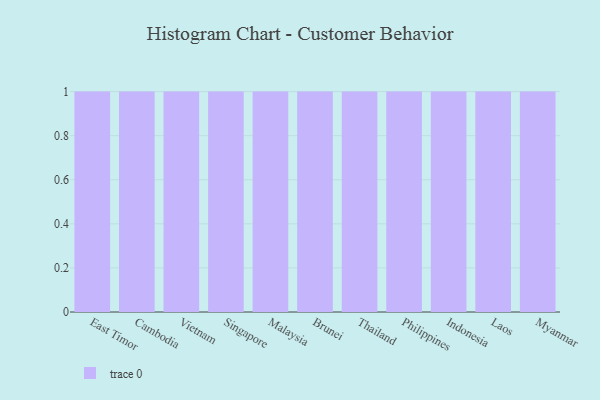
{"axis": {"x": "Country", "y": "Humidity (%)"}, "legend": [""], "data": [{"x": "East Timor", "y": 50, "type": ""}, {"x": "Cambodia", "y": 41, "type": ""}, {"x": "Vietnam", "y": 20, "type": ""}, {"x": "Singapore", "y": 25, "type": ""}, {"x": "Malaysia", "y": 18, "type": ""}, {"x": "Brunei", "y": 95, "type": ""}, {"x": "Thailand", "y": 16, "type": ""}, {"x": "Philippines", "y": 98, "type": ""}, {"x": "Indonesia", "y": 66, "type": ""}, {"x": "Laos", "y": 91, "type": ""}, {"x": "Myanmar", "y": 96, "type": ""}]}